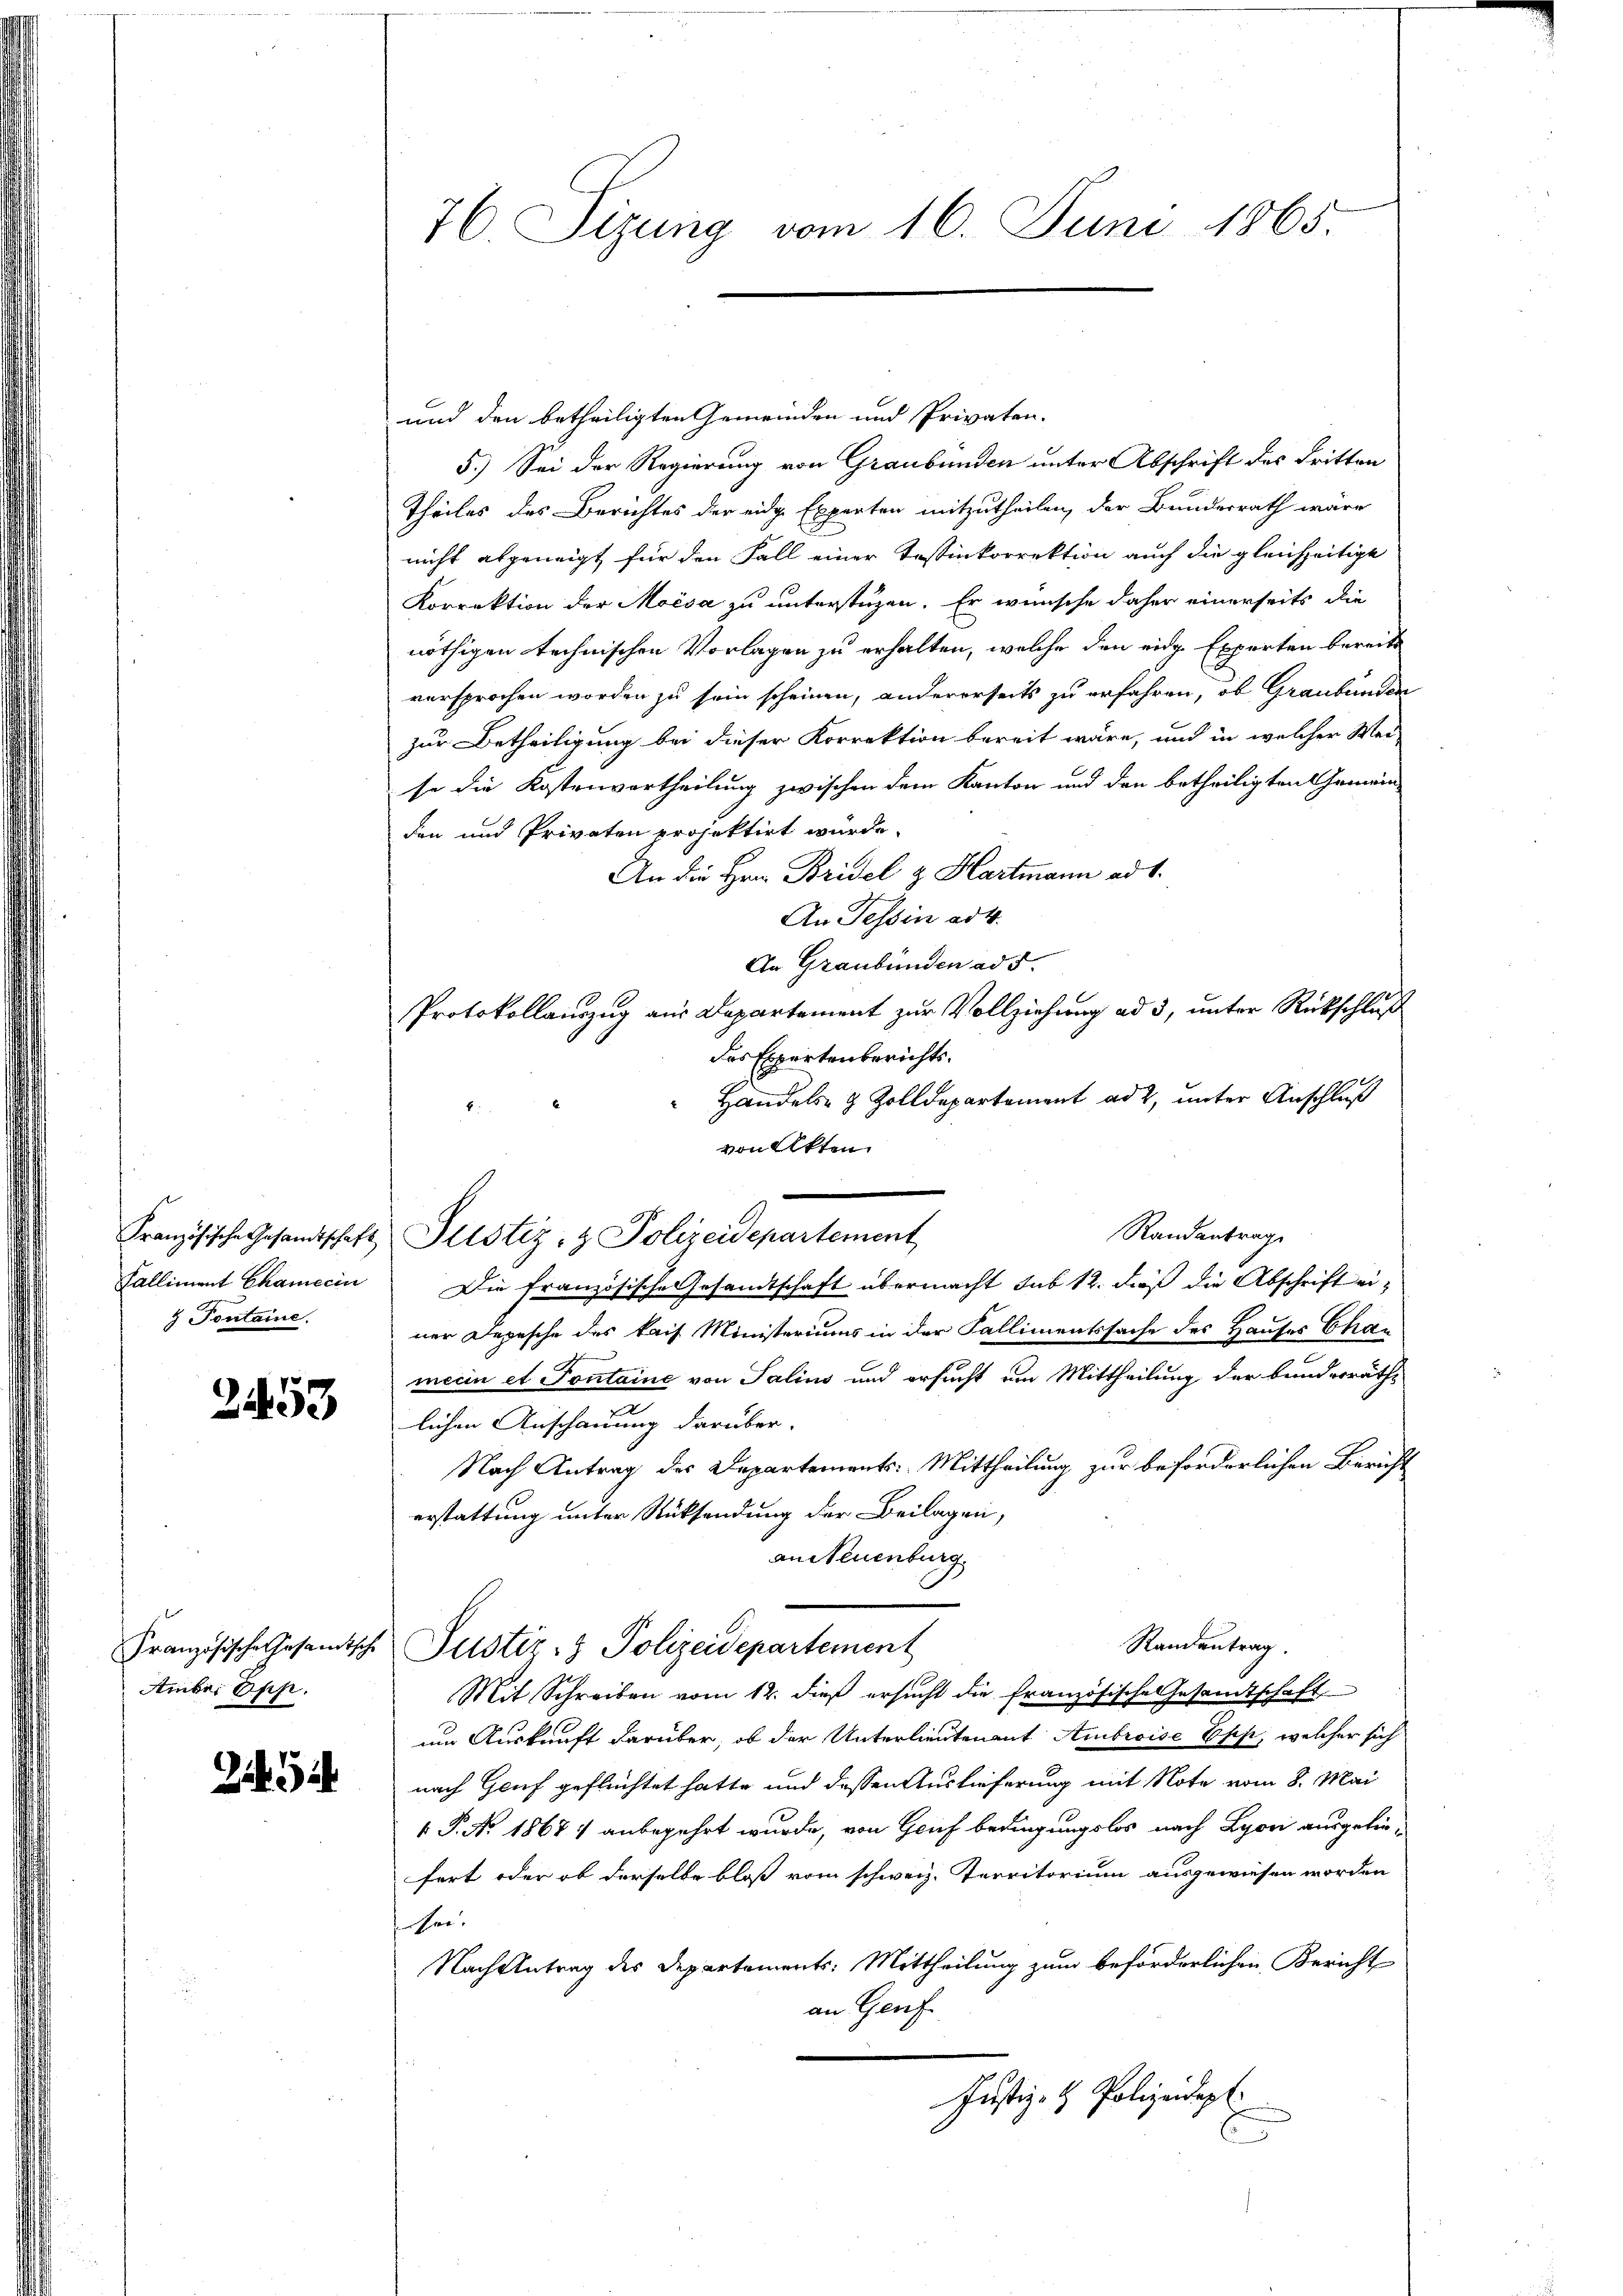
Französische Gesandtschaft
Kalliment Chamecin
 Pontaine.

2453

Französische Gesandtsche
Amber Opp.

245

76. Sizung vom 16. Juni 1865.

und den betheiligten Gemeinden und Privaten.
5.) Sei der Regierung von Graubünden unter Abschrift des dritten
Theiles des Berichtes der eidge Experten mitzutheilen, der Bundesrath ware
nicht abgeneigt für den Fall einer Tessinkorrektion auch die gleichzeitige
Korrektion der Moisa zu unterstüzen. Er wünsche daher einerseits die
nöthigen technischen Vorlagen zu erhalten, welche den eidg. Experten bereits
versprochen worden zu sein scheinen, andererseits zu erfahren, ob Graubünden
zur Betheiligung bei dieser Korrektion bereit wäre, und in welcher Wer-
se die Kostenvertheilung zwischen dem Kanton und den betheiligten Gemein-
den und Privaten projektirt würde.
An die Hrn. Bridel z. Hartmann ad 1.
An Tessin ad 4.
An Graubünden ad 5.
Protokollauszug aus Departement zur Vollziehung ad 3, unter Rückschluß
des Expertenberichts¬
 Handels- & Zolldepartement ad 2, unter Anschluß
von Akten
Randantrag
Justiz- & Polizeidepartement
Die französische Gesandtschaft übermacht sub 12. dieß die Abschrift einer Depesche des kaif Ministeriums in der Fallimentssache des Hauses Chamecin et Sontaine von Salins und ersucht um Mittheilung der bunderräthe
n
lichen Anschauung darüber.
Nach Antrag des Departements: Mittheilung zur beförderlichen Bericht
erstattung unter Rücksendung der Beilagen,
an Neuenburg
Randantrag.
Justiz- & Polizeidepartement
Mit Schreiben vom 12. dieß ersucht die französische Gesandtschaft
um Auskunft darüber, ob der Unterlieutenant Ambroise Esp, welcher sich
nach Genf geflüchtet hatte und dessen Auslieferung mit Note vom 8. Mai
1 P. Nr. 1868) anbegehrt wurde, von Grief bedingungslos nach Lyori ausgebiefert oder ob derselbe bloß vom schweiz. Territorium ausgewiesen worden
Ehre.
Nachantrag des Departements: Mittheilung zum beförderlichen Bericht
an Genf
Justiz- & Polizeidep
d